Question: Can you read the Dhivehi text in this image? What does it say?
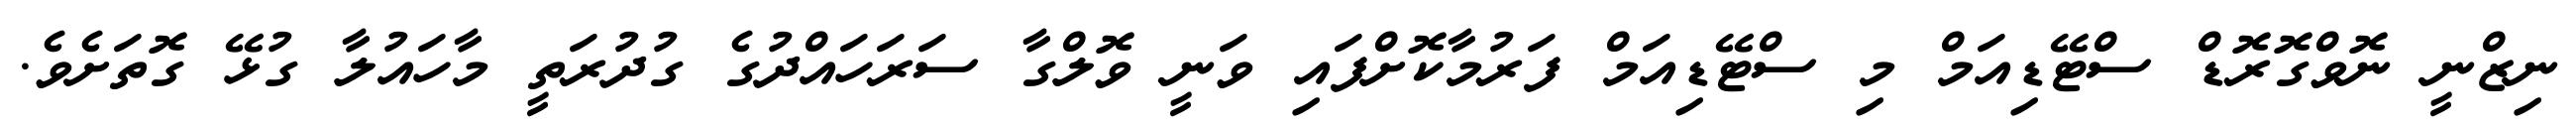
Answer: ނިޒްނީ ނޮވްގޮރޮޑް ސްޓޭޑިއަމް މި ސްޓޭޑިއަމް ފަރުމާކޮށްފައި ވަނީ ވޮލްގާ ސަރަހައްދުގެ ގުދުރަތީ މާހައުލާ ގުޅޭ ގޮތަށެވެ.